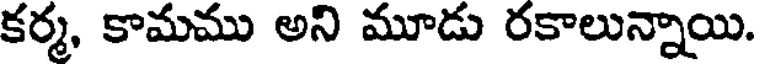
కర్మ, కామము అని మూడు రకాలున్నాయి.